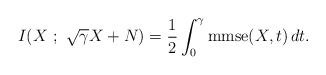
LaTeX: \begin{align*}I(X~;~\sqrt{\gamma}X+N) = \frac12 \int_0^\gamma \mathrm{mmse}(X,t) \, dt.\end{align*}